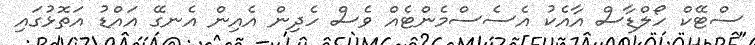
ސްޓޭކް ހޯލްޑާސް އާއެކު އެސެސްމެންޓެއް ވެސް ހެދިން އެއިން އެނގޭ އައްޑު އަތޮޅުގައި